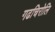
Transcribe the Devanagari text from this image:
गढचिरोलि